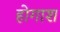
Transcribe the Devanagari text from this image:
होगाश